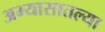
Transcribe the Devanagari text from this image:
अभ्यासातल्या